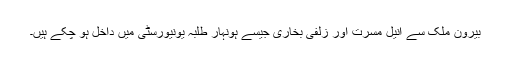
بیرون ملک سے انیل مسرت اور زلفی بخاری جیسے ہونہار طلبہ یونیورسٹی میں داخل ہو چکے ہیں۔